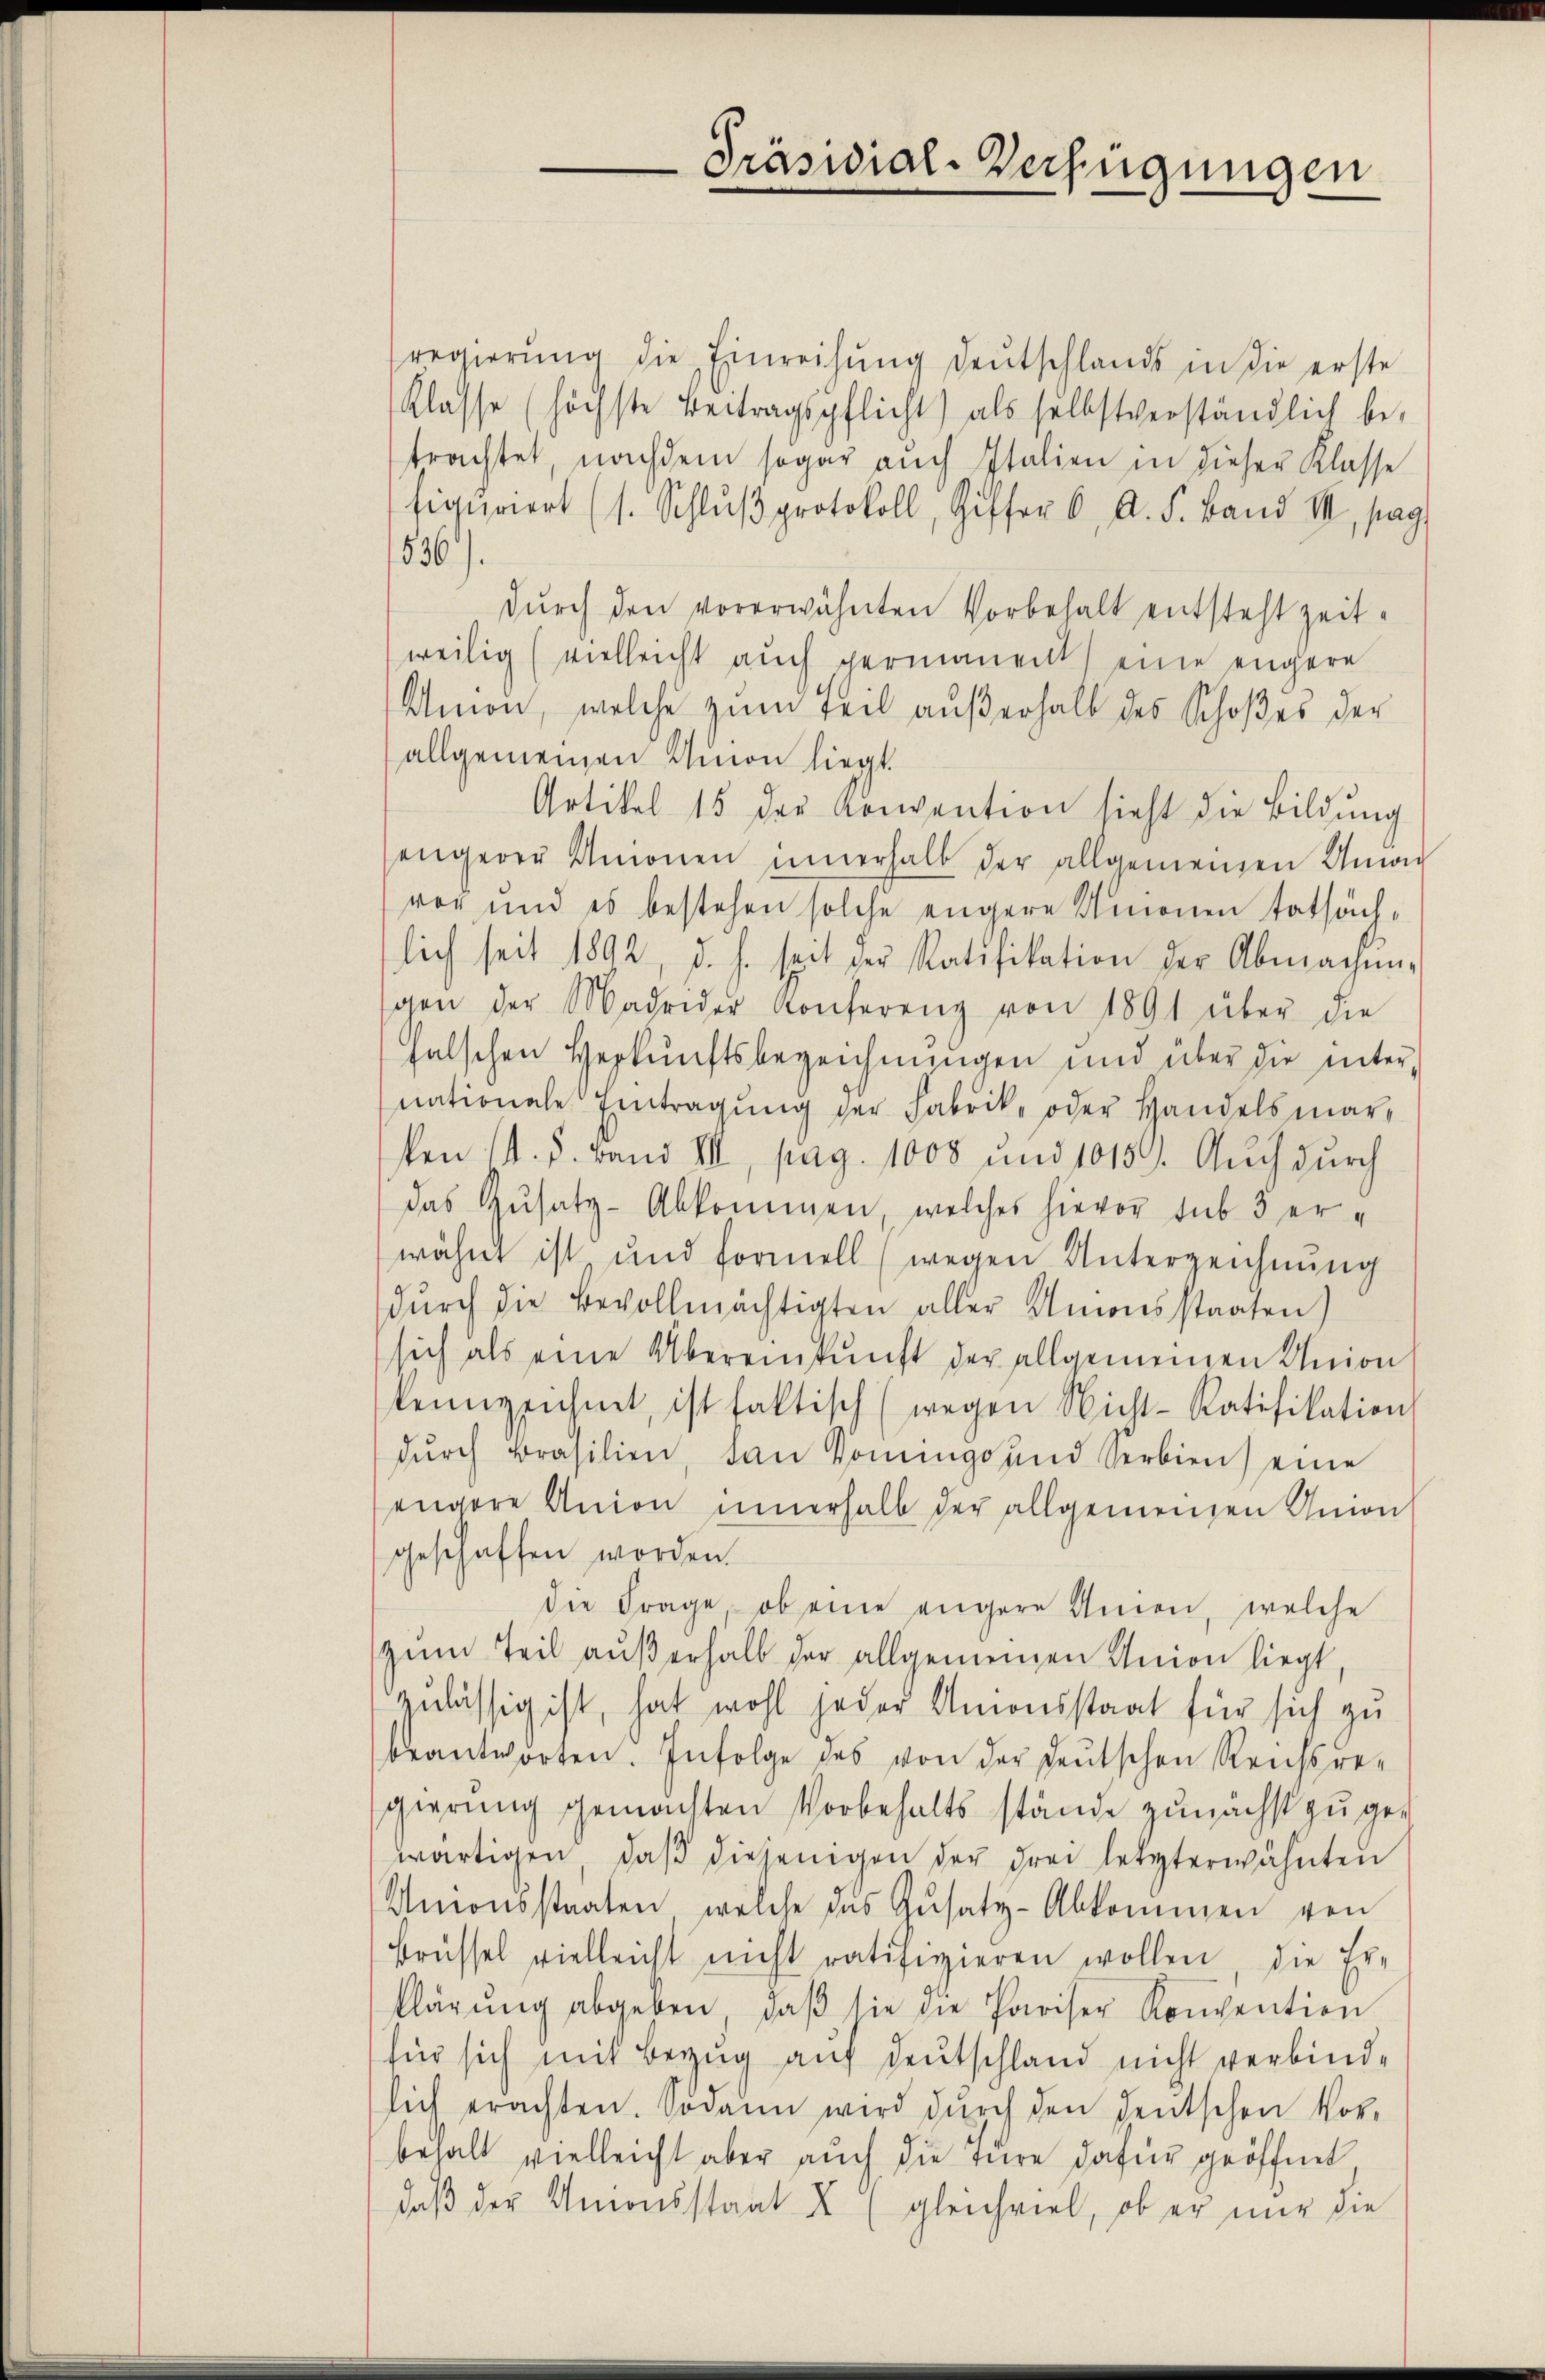
Präsidial-Verfügungen

regierŭng die Einreisŭng deŭtschlands in die erste
Klasse (höchste Beitragspflicht) als selbstverständlich be-
trachtet, nachdem sogar auch Italien in dieser Klasse
figuriert (s. Schlŭβ protokoll, Ziffer 6. A. S. Band III, pag.
536).
dŭrch den vorerwähnten Vorbehalt entsteht zeitweilig (vielleicht auch permanent) eine engere
Amon, welche zum Teil außerhalb des Schoßes der
allgemeinen Union liegt.
Artikel 15 der Konvention sieht die Bildung
engerer Unionen innerhalb der allgemeinen Unwic
vor und es bestehen solche engere Amonen tatsächlich seit 1892, d. h. seit der Ratifikation der Abmachen-
gen der Madrider Konferenz von 1891 über die
halschen Herkunftsbezeichnungen und über die internationale Eintragung der Fabrik- oder Handelsmarken d. d. Band III, pag. 1008 und 10159. Aŭch durch
das Zusatz-Abkommen, welches hievor sub 5 erwähnt ist und formell (wegen Unterzeichnŭng
dŭrch die Bevollmächtigten aller Unionsstaaten)
sich als eine Übereinkunft der allgemeinen Union
kennzeichnet, ist faktisch (wegen Nicht-Ratifikation
dŭrch Brasilien, dan Komings und Serbien) eine
engere Anion innerhalb der allgemeinen Anion
geschaffen worden.
die Frage, ob eine engere Anien, welche
Zum Teil außerhalb der allgemeinen Union liegt,
zulässig ist, hat wohl jeder Unionsstaat für sich zu
beantworten. Infolge des von der deŭtschen Reichsre-
gierung gemachten Vorbehalts stände zunächst zu gewärtigen, daß diejenigen der drei letzterwähnten
Unionsstaaten, welche das Gŭsatz-Abkommen von
Brüssel vielleicht nicht ratifizieren wollen, die Er-
klärŭng abgeben, daβ sie die Hariser Konvention
für sich mit Bezug auf Deutschland nicht verbindlich erachten. Sodann wird durch den deutschen Vor-
behalt vielleicht aber auch die türe dafür geöffnet,
daβ der Unionsstaat X (gleichviel, ob er nur die